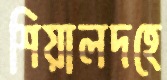
শিয়ালদহে